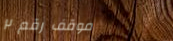
موقف رقم ٢